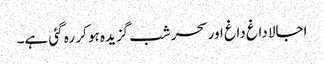
اجالا داغ داغ اور سحر شب گزیدہ ہو کر رہ گئی ہے۔